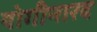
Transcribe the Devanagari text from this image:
योगीनारद